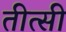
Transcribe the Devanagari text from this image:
तीत्सी